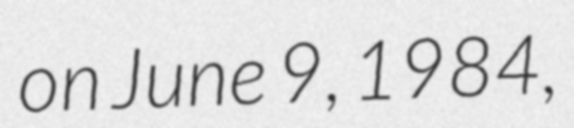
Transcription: on June 9, 1984,